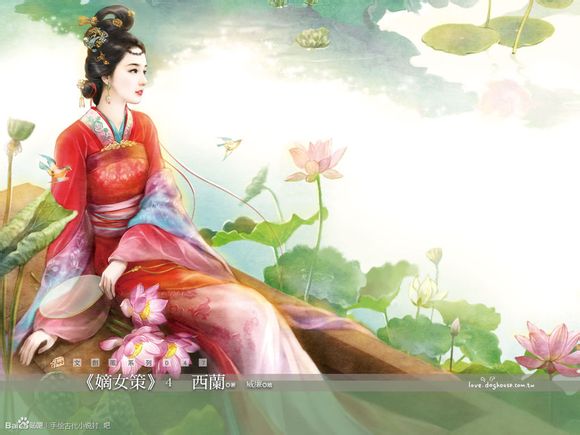
秀色掩今古，荷花羞玉颜。